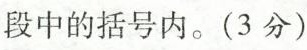
段中的括号内。(3分）